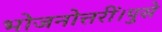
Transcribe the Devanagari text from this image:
भोजनोत्तरीं।पुसे